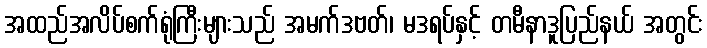
အထည်အလိပ်စက်ရုံကြီးများသည် အမက်ဒဗတ်၊ မဒရပ်နှင့် တမီနာဒူပြည်နယ် အတွင်း